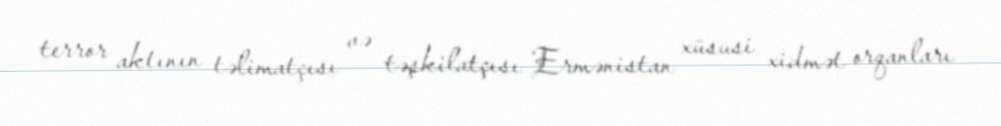
terror aktının təlimatçısı və təşkilatçısı Ermənistan xüsusi xidmət orqanları